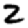
Digit: 2